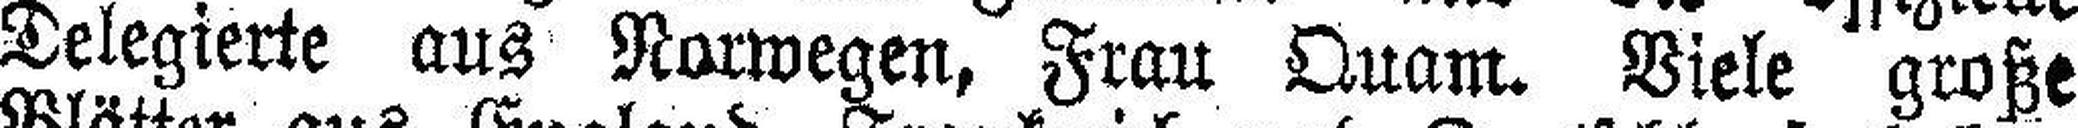
Delegierte aus Norwegen, Frau Quam. Viele große